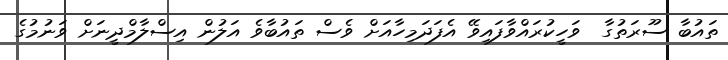
ތައުބާ ސޫރަތުގާ  ވަހީކުރައްވާފައިވޭ އެފަދަމިހާއަށް ވެސް ތައުބާވެ އަލުން އިސްލާމްދީނަށް ވަނުމުގެ